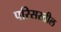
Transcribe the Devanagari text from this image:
परिसरतील